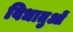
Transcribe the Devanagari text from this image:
विधातुओं